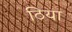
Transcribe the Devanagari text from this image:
ठिया